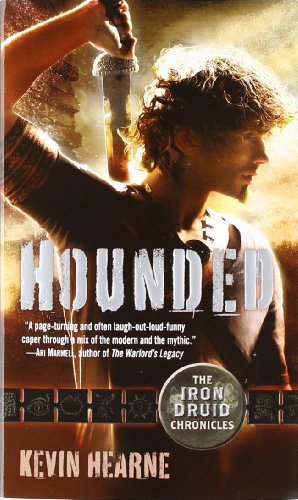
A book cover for Hounded (Iron Druid Chronicles); Kevin Hearne; Literature & Fiction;